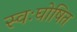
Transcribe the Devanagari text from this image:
स्वःघोषित